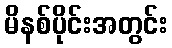
မိနစ်ပိုင်းအတွင်း